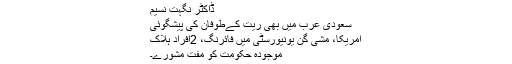
ڈاکٹر نگہت نسیم
سعودی عرب میں بھی ریت کےطوفان کی پیشگوئی
امریکا، مشی گن یونیورسٹی میں فائرنگ، 2افراد ہلاک
موجودہ حکومت کو مفت مشورے۔